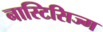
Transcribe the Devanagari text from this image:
नास्टिसिज्म